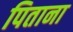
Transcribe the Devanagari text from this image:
पिताना